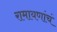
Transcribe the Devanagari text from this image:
रामायणांचं